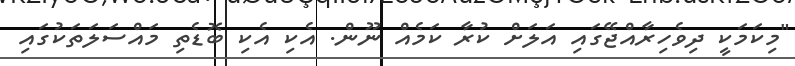
"މިކަމަކީ ދިވެހިރާއްޖޭގައި އަލަށް ކުރާ ކަމެއް ނޫން. އެކި އެކި ބޮޑެތި މައްސަލަތަކުގައި